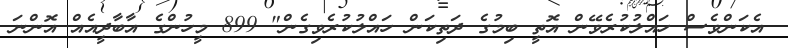
އެކަންވެސް ހައްލުކުރެވޭން އޮތީ ބިމުގެ ދަތިކަން ހައްލުކުރެވިގެން" 899 މީހުންގެ އާބާދީއެއް އޮންނަ